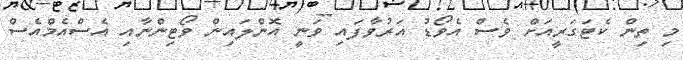
މި ތިން ކެޓަގަރީއަށް ވެސް އެވޯޑު އަރުވާފައި ވަނީ އޮންލައިން ވޯޓިންނާއި އެސްއެމްއެސް